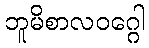
ဘူမိစာလဝဂ္ဂေါ